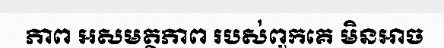
ភាព អសមត្ថភាព របស់ពួកគេ មិនអាច